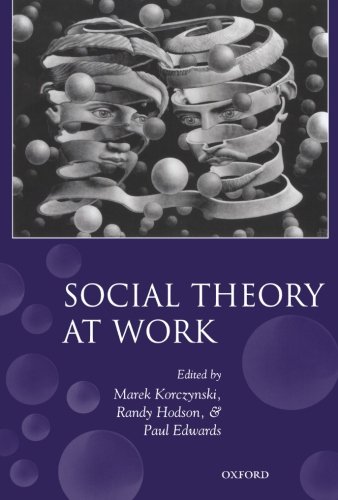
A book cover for Social Theory at Work; Politics & Social Sciences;